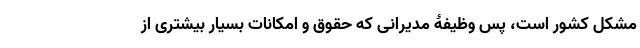
مشکل کشور است، پس وظیفۀ مدیرانی که حقوق و امکانات بسیار بیشتری از